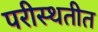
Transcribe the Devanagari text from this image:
परीस्थतीत